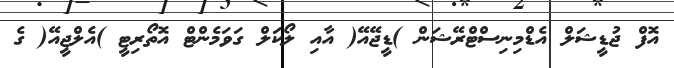
އޮފް ޖުޑީޝަލް އެޑްމިނިސްޓްރޭޝަން )ޑީޖޭއޭ( އާއި ލޯކަލް ގަވަމެންޓް އޮތޯރިޓީ )އެލްޖީއޭ( ގެ